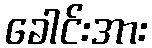
ခေါင်းအား